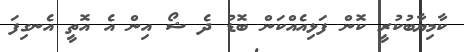
ކާމިޔާބުކުރީ ކޮން ފަޅިއެއްކަން ބޮޑު ދެ ޝޯ އިން އެ އޮތީ އެނގިފަ